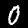
Digit: 0